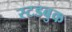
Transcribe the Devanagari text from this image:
स्टडबुक